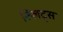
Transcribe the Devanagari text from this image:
स्प्लिट्स